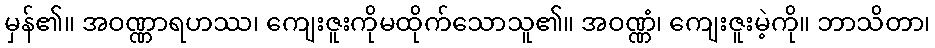
မှန်၏။ အဝဏ္ဏာရဟဿ၊ ကျေးဇူးကိုမထိုက်သောသူ၏။ အဝဏ္ဏံ၊ ကျေးဇူးမဲ့ကို။ ဘာသိတာ၊